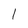
Character: 1